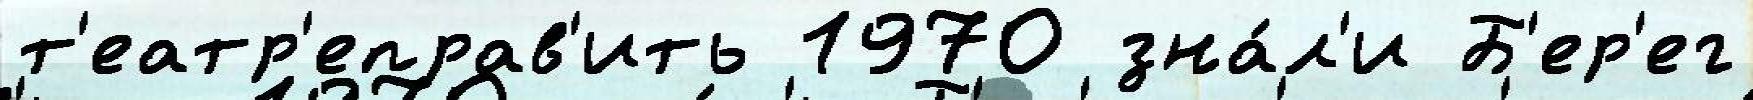
т'еатр'еправ'ить 1970 зна́л'и Б'ер'ег